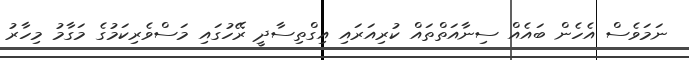
ނަމަވެސް އެހެން ބައެއް ސިނާއަތްތައް ކުރިއަރައި އިގްތިސާދީ ރޭހުގައި މަސްވެރިކަމުގެ މަގާމު މިހާރު